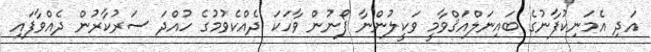
އަދި އެމަނިކުފާނުގެ ބައިނަލްއަޤްވާމީ ވަކީލުންނާ ފޯނުން ވާހަކަ ދެއްކެވުމުގެ ހުއްދަ ސަރުކާރުން ދެއްވާފައި